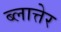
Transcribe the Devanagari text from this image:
ब्लात्तेर